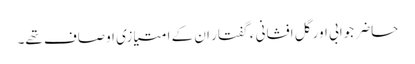
حاضر جوابی اور گل افشانی ء گفتار ان کے امتیازی اوصاف تھے۔